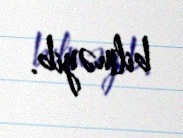
bilməyib.